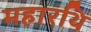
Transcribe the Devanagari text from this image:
महारथि